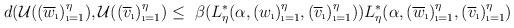
LaTeX: \begin{align*} d(\mathcal{U}((\overline{w}_{\i})_{\i=1}^{\eta}),\mathcal{U}((\overline{v}_{\i})_{\i=1}^{\eta})\leq~\beta(L^{*}_{\eta}(\alpha, (w_{\i})_{\i=1}^{\eta},(\overline{v}_{\i})_{\i=1}^{\eta}))L^{*}_{\eta}(\alpha, (\overline{w}_{\i})_{\i=1}^{\eta},(\overline{v}_{\i})_{\i=1}^{\eta})\end{align*}